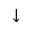
\downarrow